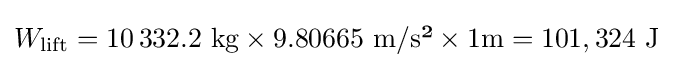
W_{\rm {lift}}=10\,332.2~{\text{kg}}\times 9.80665~{\text{m/s²}}\times 1{\text{m}}=101,324{\text{ J}}